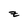
Character: z